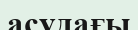
асудағы